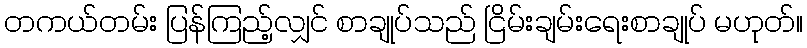
တကယ်တမ်း ပြန်ကြည့်လျှင် စာချုပ်သည် ငြိမ်းချမ်းရေးစာချုပ် မဟုတ်။